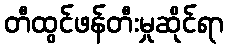
တီထွင်ဖန်တီးမှုဆိုင်ရာ